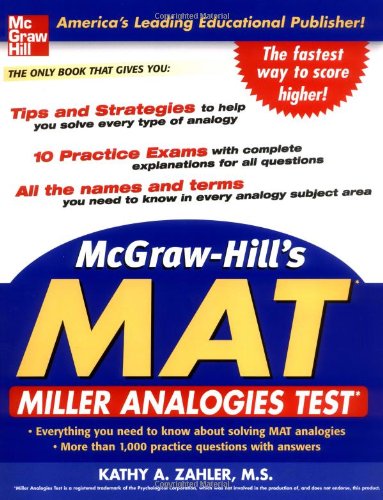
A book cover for McGraw-HIll's MAT: Miller Analogies Test; Kathy Zahler; Test Preparation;